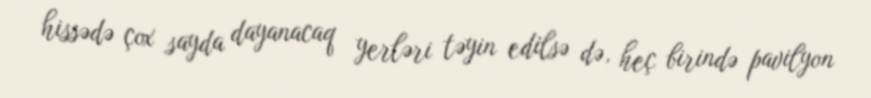
hissədə çox sayda dayanacaq yerləri təyin edilsə də, heç birində pavilyon